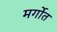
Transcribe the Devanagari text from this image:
मर्गोत